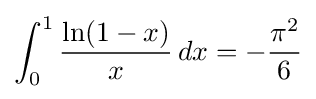
\int _{0}^{1}{\frac {\ln(1-x)}{x}}\,dx=-{\frac {\pi ^{2}}{6}}